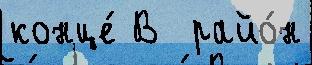
конце́ В  райо́н